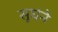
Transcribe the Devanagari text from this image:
सूघंने